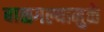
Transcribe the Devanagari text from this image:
बाळगल्यामुळे